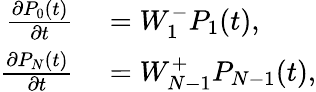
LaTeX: \begin{array}{rl}{\frac{\partial P_{0}(t)}{\partial t}}&{{}=W_{1}^{-}P_{1}(t),}\\ {\frac{\partial P_{N}(t)}{\partial t}}&{{}=W_{N-1}^{+}P_{N-1}(t),}\end{array}